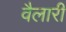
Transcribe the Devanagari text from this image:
वैलारी